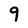
Character: 9